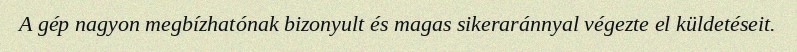
A gép nagyon megbízhatónak bizonyult és magas sikeraránnyal végezte el küldetéseit.